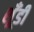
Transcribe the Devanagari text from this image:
शूँडी